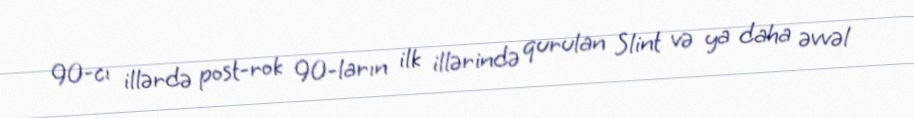
90-cı illərdə post-rok 90-ların ilk illərində qurulan Slint və ya daha əvvəl